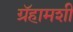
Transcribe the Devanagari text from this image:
ग्रॅहामशी